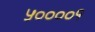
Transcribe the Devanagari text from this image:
५००००१